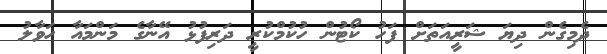
ދެމިގެން ދިޔަ ޝަރީއަތަށް ފަހު ކޯޓުން ހުކުމްކުރީ ދަރިފުޅު އޭނާގެ މަންމައާ ހަވާލު